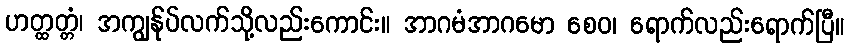
ဟတ္ထတ္တံ၊ အကျွန်ုပ်လက်သို့လည်းကောင်း။ အာဂမံအာဂမော စေဝ၊ ရောက်လည်းရောက်ပြီ။